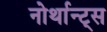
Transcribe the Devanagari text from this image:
नोर्थान्ट्स